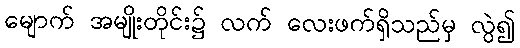
မျောက် အမျိုးတိုင်း၌ လက် လေးဖက်ရှိသည်မှ လွဲ၍